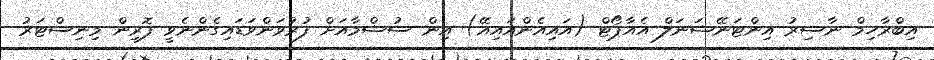
އިބްރާހިމް ނާސިރު އިންޓަނޭޝަނަލް އެއާޕޯޓް (އައިއެންއައިއޭ) އިން ސުޝްމާއަށް ފުރުވަންވަޑައިގެންނެވީ ފޮރިން މިނިސްޓަރު